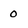
Character: 0